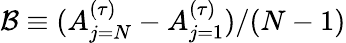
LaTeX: \mathcal{B}\equiv(A_{j=N}^{(\tau)}-A_{j=1}^{(\tau)})/(N-1)